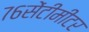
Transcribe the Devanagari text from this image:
७६सेंटीमीटर